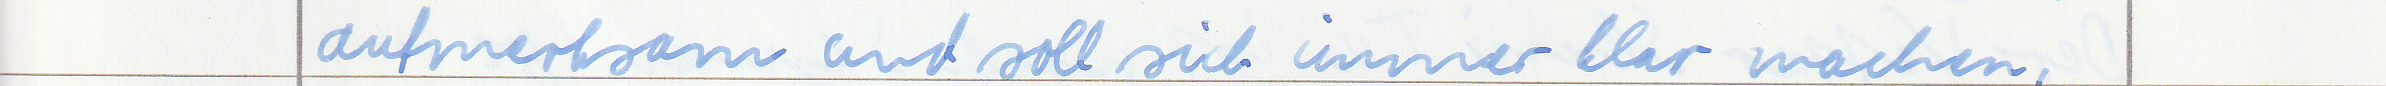
aufmerksam und soll sich immer klar machen,